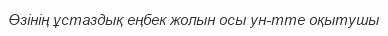
Өзiнiң ұстаздық еңбек жолын осы ун-тте оқытушы